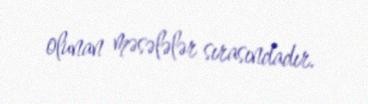
olunan məsələlər sırasındadır.